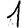
Digit: 1